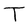
Character: T